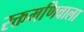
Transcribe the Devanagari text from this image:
रक्तमणिवाला